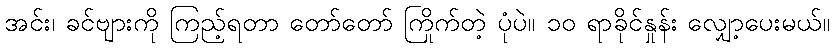
အင်း၊ ခင်ဗျားကို ကြည့်ရတာ တော်တော် ကြိုက်တဲ့ ပုံပဲ။ ၁၀ ရာခိုင်နှုန်း လျှော့ပေးမယ်။